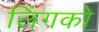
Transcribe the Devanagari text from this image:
लिंगको